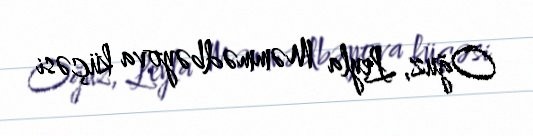
Oğuz, Leyla Məmmədbəyova küçəsi